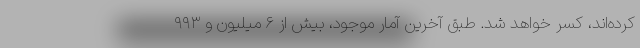
کرده‌اند، کسر خواهد شد. طبق آخرین آمار موجود، بیش از ۶ میلیون و ۹۹۳